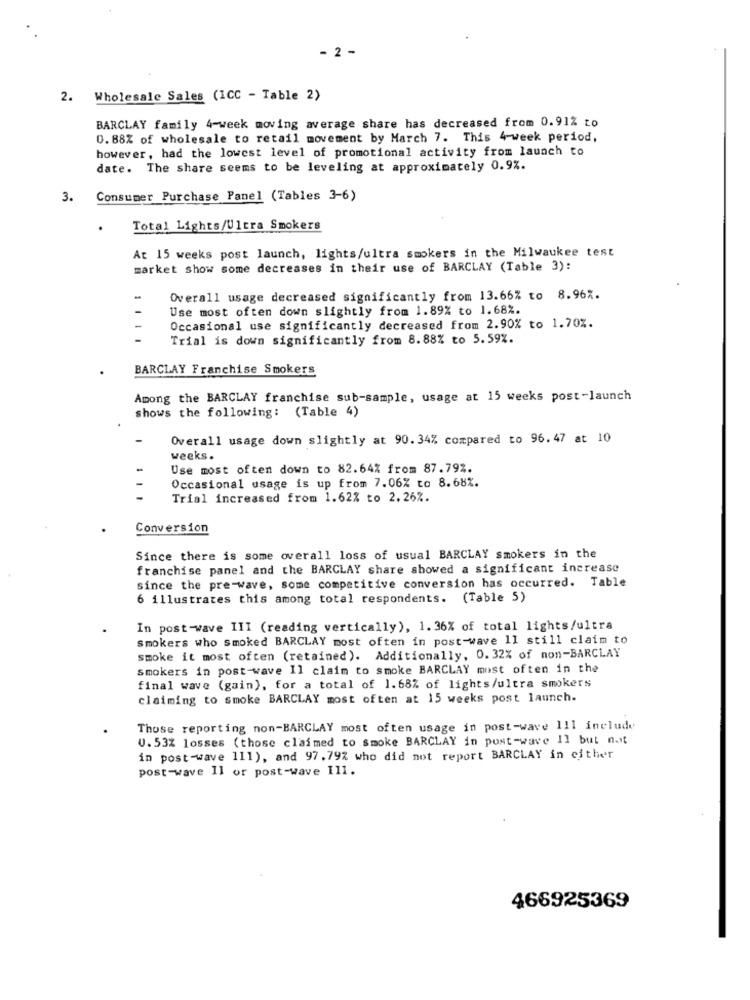
- 2 -
2. Wholesale Sales (ICC - Table 2)
BARCLAY family 4-week moving average share has decreased from 0.91% to
0.88% of wholesale to retail movement by March 7. This 4-week period,
however, had the lowest level of promotional activity from launch to
date. The share seems to be leveling at approximately 0.9%.
3.
Consumer Purchase Panel (Tables 3-6)
Total Lights/Ultra Smokers
At 15 weeks post launch, lights/ultra smokers in the Milwaukee test
market show some decreases in their use of BARCLAY (Table 3):
Overall usage decreased significantly from 13.66% to 8.96%.
Use most often down slightly from 1.89% to 1.68%.
1 1
Occasional use significantly decreased from 2.90% to 1.70%.
Trial is down significantly from 8.88% to 5.59%.
BARCLAY Franchise Smokers
Among the BARCLAY franchise sub-sample, usage at 15 weeks post-launch
shows the following: (Table 4)
-
Overall usage down slightly at 90.34% compared to 96. 47 at 10
weeks.
Use most often down to 82.64% from 87.797.
Occasional usage is up from 7.06% to 8.68%.
Trial increased from 1.62% to 2.26%.
Conversion
Since there is some overall loss of usual BARCLAY smokers in the
franchise panel and the BARCLAY share showed a significant increase
since the pre-wave, some competitive conversion has occurred. Table
6 illustrates this among total respondents. (Table 5)
In post-wave III (reading vertically), 1. 36% of total lights/ultra
Smokers who smoked BARCLAY most often in post-wave 11 still claim to
smoke it most often (retained). Additionally, 0.32% of non-BARCLAY
smokers in post-wave Il claim to smoke BARCLAY most often in the
final wave (gain), for a total of 1.68% of lights/ultra smokers
claiming to smoke BARCLAY most often at 15 weeks post launch.
Those reporting non-BARCLAY most often usage in post-wave 111 include
U.53% losses (those claimed to smoke BARCLAY in post-wave 11 but n.it
in post-wave 111), and 97.79% who did not report BARCLAY in either
post-wave Il or post-wave Ill.
466925369